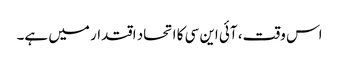
اس وقت، آئی این سی کا اتحاد اقتدار میں ہے۔